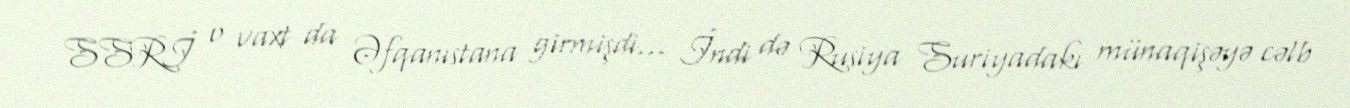
SSRİ o vaxt da Əfqanıstana girmişdi... İndi də Rusiya Suriyadakı münaqişəyə cəlb